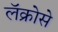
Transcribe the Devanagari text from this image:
लॅक्रोसे